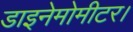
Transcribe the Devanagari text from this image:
डाइनेमोमीटर।